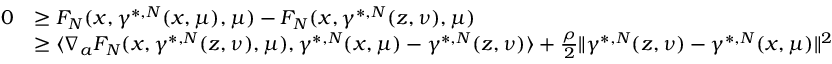
\begin{array} { r l } { 0 } & { \geq F _ { N } ( x , \gamma ^ { * , N } ( x , \mu ) , \mu ) - F _ { N } ( x , \gamma ^ { * , N } ( z , \nu ) , \mu ) } \\ & { \geq \langle \nabla _ { a } F _ { N } ( x , \gamma ^ { * , N } ( z , \nu ) , \mu ) , \gamma ^ { * , N } ( x , \mu ) - \gamma ^ { * , N } ( z , \nu ) \rangle + \frac { \rho } { 2 } \| \gamma ^ { * , N } ( z , \nu ) - \gamma ^ { * , N } ( x , \mu ) \| ^ { 2 } } \end{array}